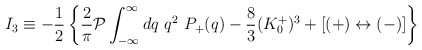
\begin{align*}I_3\equiv-{1\over 2}\left\{ {2\over \pi} {\cal P}\int^\infty_{-\infty} dq\ q^2 \ P_+(q)-{8\over 3}(K^+_0)^3+[(+)\leftrightarrow (-)]\right\}\end{align*}